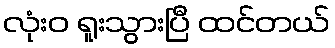
လုံးဝ ရူးသွားပြီ ထင်တယ်